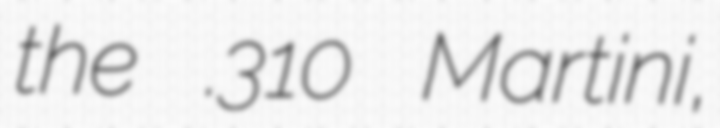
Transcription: the .310 Martini,